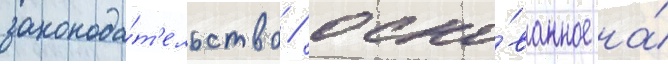
законода́т'ельство / осно́ванное на́